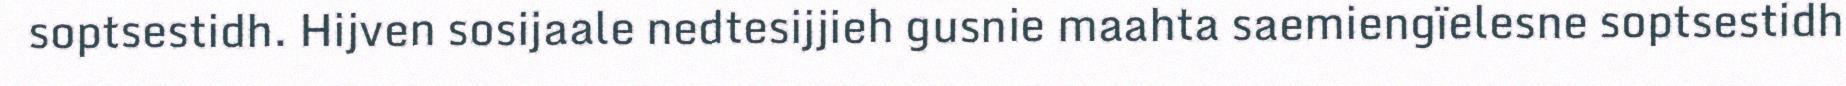
soptsestidh. Hijven sosijaale nedtesijjieh gusnie maahta saemiengïelesne soptsestidh